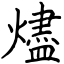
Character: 燼